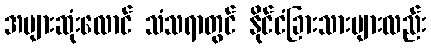
အများဆုံးလောင် သံသရာတွင် နိုင်ငံခြားသားများလည်း